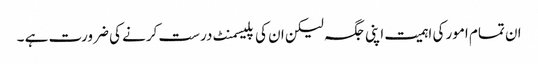
ان تمام امور کی اہمیت اپنی جگہ لیکن ان کی پلیسمنٹ درست کرنے کی ضرورت ہے ۔